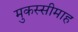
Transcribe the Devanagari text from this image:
मुकस्सीमाह